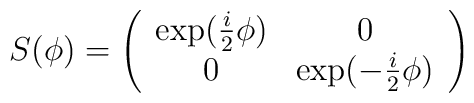
S(\phi) = \left(\begin{array}{cc} \exp(\frac{i}{2}\phi) & 0\\0 & \exp(-\frac{i}{2}\phi)\end{array}\right)